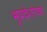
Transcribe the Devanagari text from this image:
भूप्रदेशांच्या